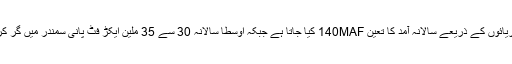
پاکستان میں پانی دریائوں کے ذریعے سالانہ آمد کا تعین 140MAF کیا جاتا ہے جبکہ اوسطاً سالانہ 30 سے 35 ملین ایکڑ فٹ پانی سمندر میں گر کر ضائع ہو جاتا ہے۔